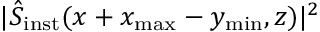
\vert \hat { S } _ { \mathrm { i n s t } } ( x + x _ { \mathrm { m a x } } - y _ { \mathrm { m i n } } , z ) \vert ^ { 2 }